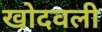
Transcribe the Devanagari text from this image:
खोदवली